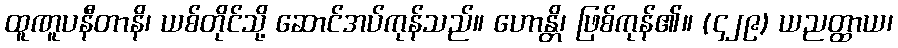
ထူဏူပနီတာနိ၊ ယစ်တိုင်သို့ ဆောင်အပ်ကုန်သည်။ ဟောန္တိ၊ ဖြစ်ကုန်၏။ (၄၂၉) ယညတ္ထာယ၊